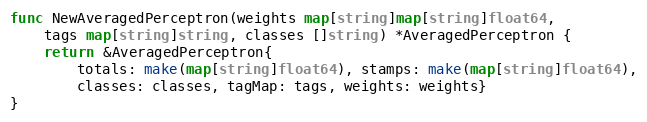
Language: Go
func NewAveragedPerceptron(weights map[string]map[string]float64,
	tags map[string]string, classes []string) *AveragedPerceptron {
	return &AveragedPerceptron{
		totals: make(map[string]float64), stamps: make(map[string]float64),
		classes: classes, tagMap: tags, weights: weights}
}